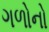
ગળોનો